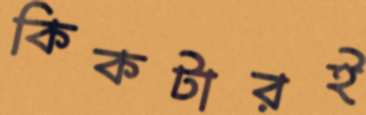
কিকটারই